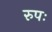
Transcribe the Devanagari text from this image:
रुपः